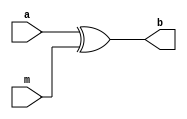

module XORmessage(a,m,b);

input [127:0] a;
input [127:0] m;
output[127:0] b;

assign b = a ^ m;

endmodule